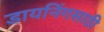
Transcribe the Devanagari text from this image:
डायनिंगसाठी